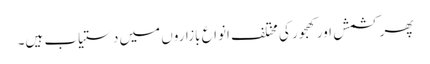
پھر کشمش اور کھجور کی مختلف انواع بازاروں میں دستیاب ہیں۔